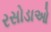
રસોડાઓ